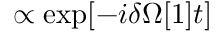
\propto \exp [ - i \delta \Omega [ 1 ] t ]